system: You are a helpful assistant.
user:
Analyze the provided spectrum to determine if it is a **S-type Star**.

- **Key Indicators for S-type Star:**

    - **(Overall Spectrum Shape):** The first and most obvious characteristic is the overall continuum (the "baseline" shape). It is **extremely "red-sloping,"** meaning the flux (light intensity) is very low on the left side (blue, ~4000-4500 Å) and rises steeply and continuously toward the right side (red, ~7000 Å+).

    - **(Primary):** The spectrum is defined by the presence of strong, broad molecular absorption "valleys" (bands) from **Zirconium Oxide (ZrO)**. The identification of these bands is the **primary requirement** for classifying a star as S-type.
        - **(Key Bandheads):** You must find distinct, deep "dips" where the light has been absorbed. The most critical band systems to locate are:
            - **~6474 Å** ($\gamma$-system): This is often the strongest and clearest ZrO feature, found in the red part of the spectrum.
            - **~5718 Å** & **~5551 Å** ($\beta$-system): A pair of prominent absorption features in the yellow-orange part of the spectrum.
            - **~4640 Å** ($\alpha$-system): A key absorption band system in the blue-green region of the spectrum.

    - **(Secondary Confirmation):** The classification is strengthened by finding additional absorption bands from other related heavy element oxides, which are expected to be present alongside ZrO.
        - **(Key Bandheads):**
            - **Yttrium Oxide (YO):** Look for absorption dips near **~4800 Å** and **~6100 Å**.
            - **Lanthanum Oxide (LaO):** Additional absorption features, particularly in the red-orange part of the spectrum, are also characteristic.

    - **(Line Profile):** The combination of the steep red continuum and these numerous, deep molecular bands (ZrO, YO, etc.) gives the entire spectrum a very **"chopped-up"** or **"bumpy"** appearance. Instead of a smooth curve, the spectrum looks as though large, wide chunks of light have been "carved out" of it at the specific wavelengths listed above.

Think first, call **spectral_visualization_tool** if needed to examine features in detail, then provide your final answer. Your response must adhere to the following strict rules:
1.  **Overall Structure:** Your response must follow the format `<think>...</think> <tool_call>...</tool_call> (if a tool is used) <answer>...</answer>`.
2.  **Tool Usage Constraint:** You may only make **one** tool call per turn.
3.  **Final Answer Format:** In the `<answer>` tag, your conclusion must be inside a `\boxed{}` command (e.g., `\boxed{YES}` or `\boxed{NO}`), followed by your justification.

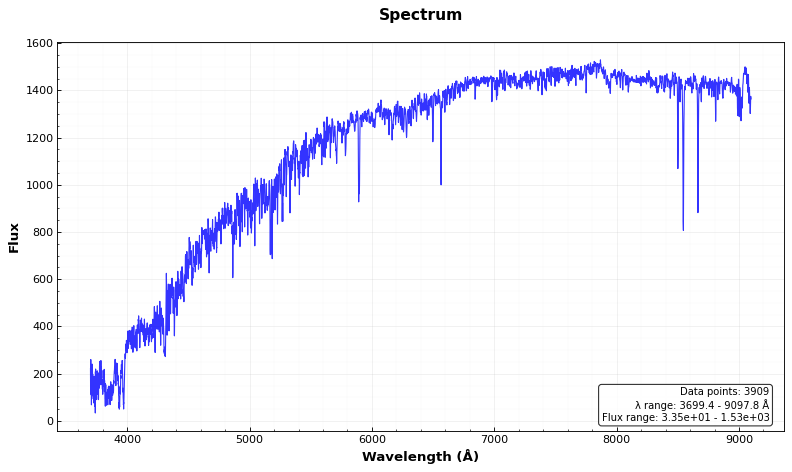
Answer: YES